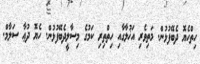
ހިތްހެޔޮ ދެބޭފުޅުން. މަތިވެރި އަޚުލާގާއި ހިތްތިރި ކަމުގެ މިސާލީދެބޭފުޅުން. ހެޔޮ ދުޢާ ސަލާމް.